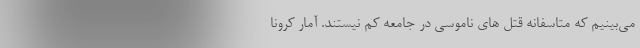
می‌بینیم که متاسفانه قتل های ناموسی در جامعه کم نیستند. آمار کرونا